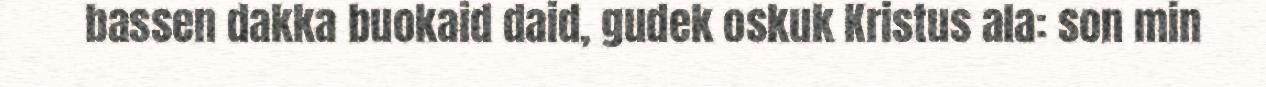
bassen dakka buokaid daid, gudek oskuk Kristus ala: son min